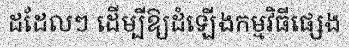
ដដែលៗ ដើម្បីឱ្យដំឡើងកម្មវិធីផ្សេង